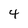
Character: 4